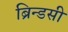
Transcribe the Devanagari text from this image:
ब्रिन्डसी